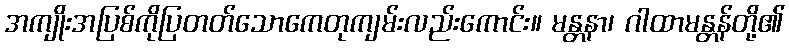
အကျိုးအပြစ်ကိုပြတတ်သောကေတုကျမ်းလည်းကောင်း။ မန္တနာ၊ ဂါထာမန္တန်တို့၏